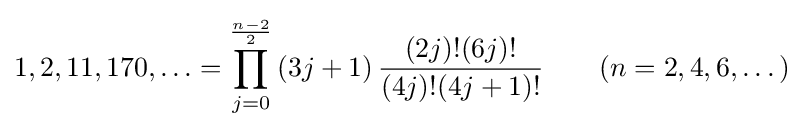
1,2,11,170,\ldots =\prod _{j=0}^{\frac {n-2}{2}}\left(3j+1\right){\frac {(2j)!(6j)!}{(4j)!(4j+1)!}}\qquad (n=2,4,6,\dots )